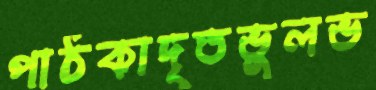
পাঠকাদৃতভুলভ